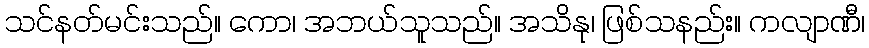
သင်နတ်မင်းသည်။ ကော၊ အဘယ်သူသည်။ အသိနု၊ ဖြစ်သနည်း။ ကလျာဏီ၊